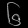
Digit: ၆